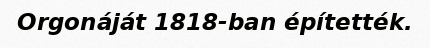
Orgonáját 1818-ban építették.